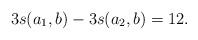
LaTeX: \begin{align*}3s(a_1,b)-3s(a_2,b)=12.\end{align*}